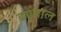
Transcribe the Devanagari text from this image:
ढडवाल